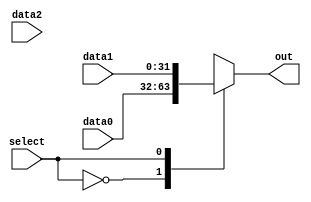
module mux3 (
    data0,data1,data2,select,out
);
    input wire [31:0] data0, data1,data2; 
    input wire select; 
    output reg [31:0] out;
    always @(data0, data1, data2,select) begin
        case (select) 
            0: out <= data0;
            1: out <= data1;
            2: out <= data2;
        endcase
    end
endmodule